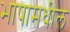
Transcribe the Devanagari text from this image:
भाषामधील